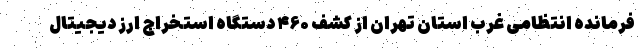
فرمانده انتظامی غرب استان تهران از کشف ۴۶۰ دستگاه استخراج ارز دیجیتال